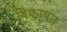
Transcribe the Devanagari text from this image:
बिकाया।